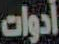
أدوات